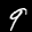
Label: 9